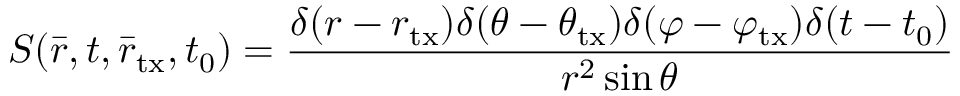
S ( \bar { r } , t , { \bar { r } _ { \mathrm { t x } } } , t _ { 0 } ) = \frac { { \delta ( r - { r _ { \mathrm { t x } } } ) \delta ( \theta - \theta _ { \mathrm { t x } } ) \delta ( \varphi - \varphi _ { \mathrm { t x } } ) \delta ( t - t _ { 0 } ) } } { r ^ { 2 } \sin \theta }